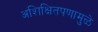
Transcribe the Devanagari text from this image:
अशिक्षितपणामुळे